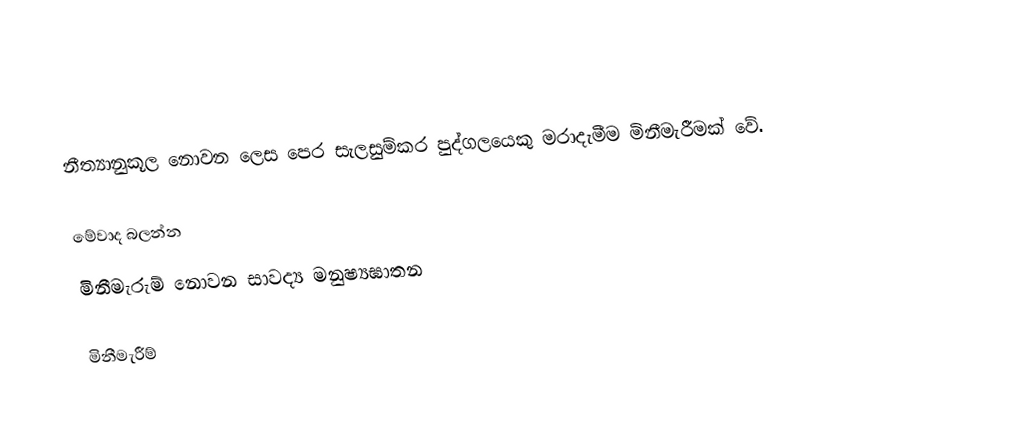
නීත්‍යානුකූල නොවන ලෙස පෙර සැලසුම්කර පුද්ගලයෙකු මරාදැමීම මිනීමැරීමක් වේ.

මේවාද බලන්න
 මිනීමැරුම් නොවන සාවද්‍ය මනුෂ්‍යඝාතන

මිනීමැරීම්